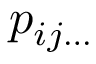
\ p _ { i j \ldots }